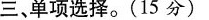
三、单项选择.(15 分)